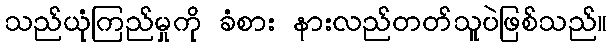
သည်ယုံကြည်မှုကို ခံစား နားလည်တတ်သူပဲဖြစ်သည်။